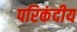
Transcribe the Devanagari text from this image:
परिकंदीय